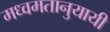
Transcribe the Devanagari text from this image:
मध्वमतानुयायी